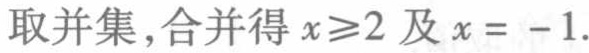
取并集，合并得 \(x\geq2\) 及 \(x = - 1\).